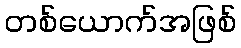
တစ်ယောက်အဖြစ်